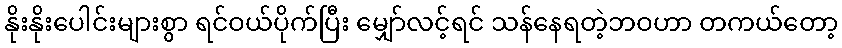
နိုးနိုးပေါင်းများစွာ ရင်ဝယ်ပိုက်ပြီး မျှော်လင့်ရင် သန်နေရတဲ့ဘဝဟာ တကယ်တော့